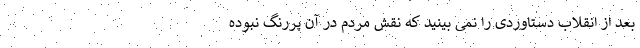
بعد از انقلاب دستاوردی را نمی بینید که نقش مردم در آن پررنگ نبوده